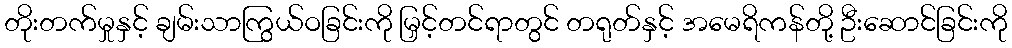
တိုးတက်မှုနှင့် ချမ်းသာကြွယ်ဝခြင်းကို မြှင့်တင်ရာတွင် တရုတ်နှင့် အမေရိကန်တို့ ဦးဆောင်ခြင်းကို